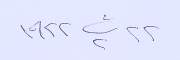
٢٢ ت٢ ١٩٢٢